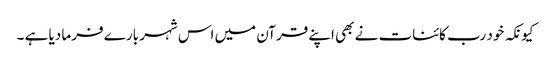
کیونکہ خود رب کائنات نے بھی اپنے قرآن میں اس شہر بارے فرما دیا ہے ۔